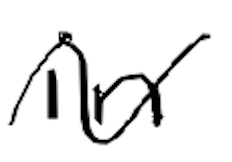
Text: in
Cross-out: wave
Writing tool: digital_black